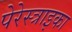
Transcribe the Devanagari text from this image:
पेरेस्त्राइका